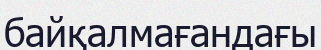
байқалмағандағы